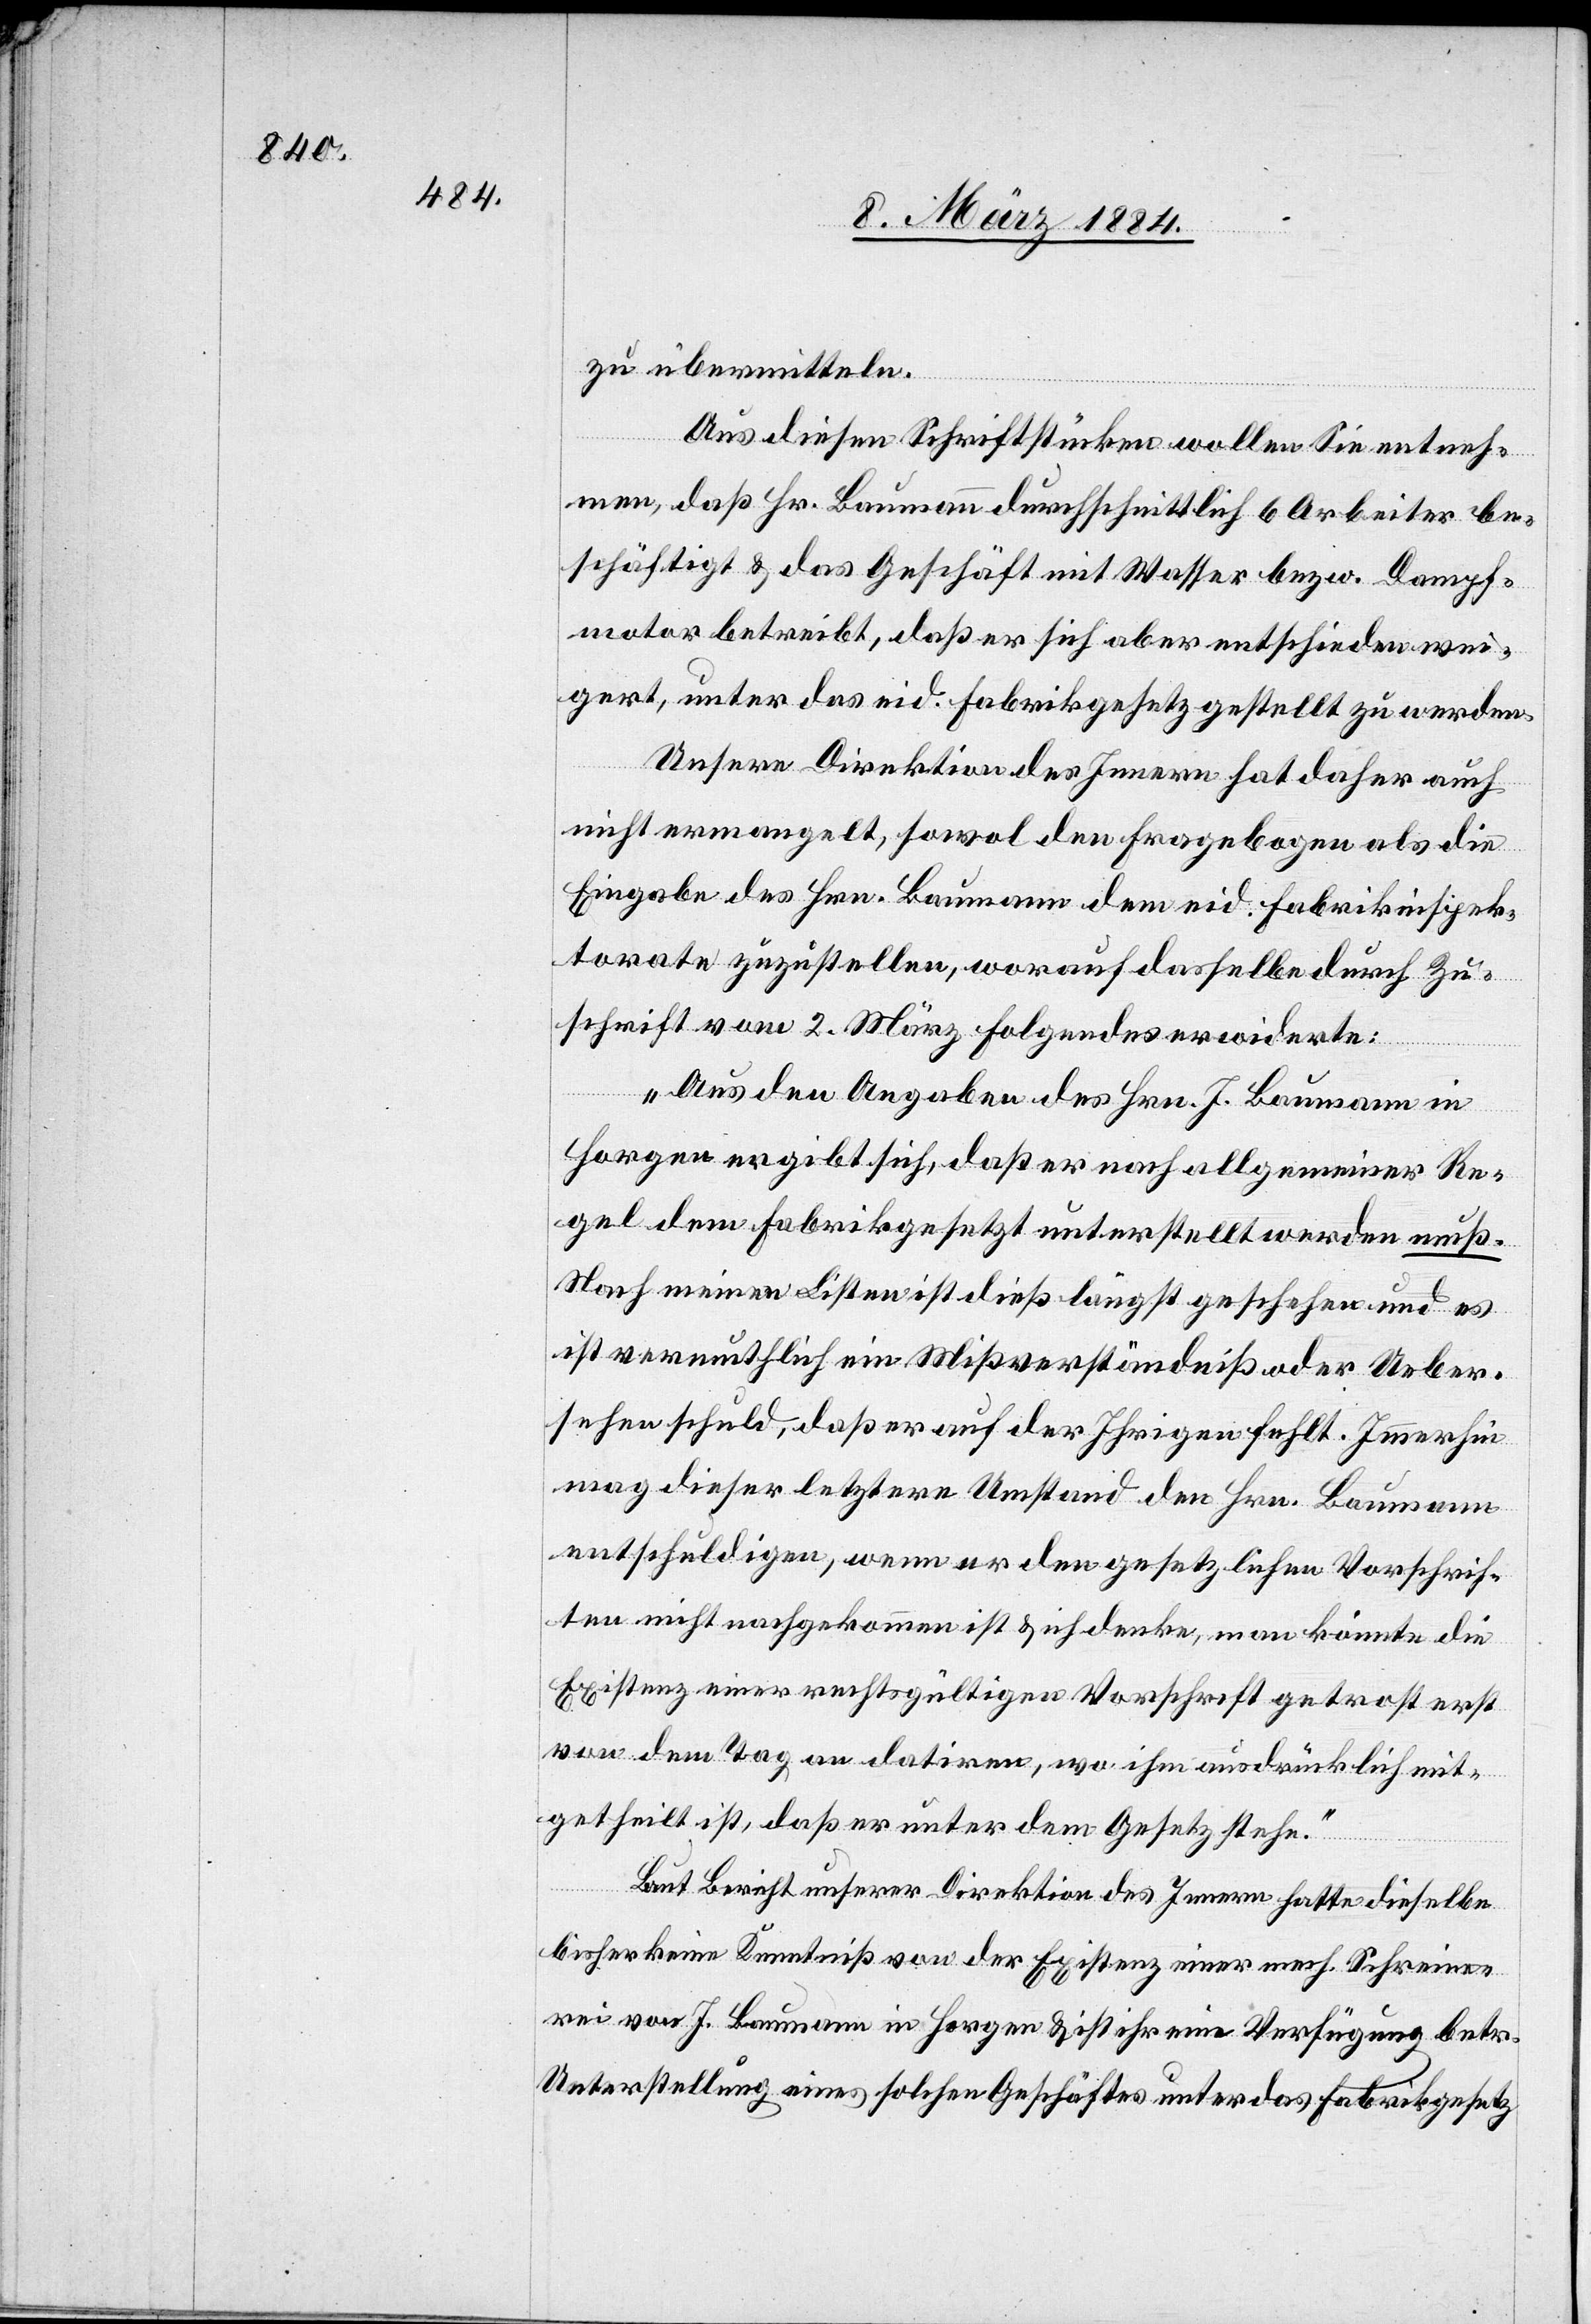
zu übermitteln.
Aus diesen Schriftstücken wollen Sie unterneh¬
men, daß Hr. Baumann durchschnittlich 6 Arbeiter be¬
schäftigt & das Geschäft mit Wasser bzw. Dampf¬
motor betreibt, daß er sich aber entschieden wei¬
gert, unter das eid. Fabrikgesetz gestellt zu werden.
Unsere Direktion des Innern hat daher auch
nicht ermangelt, sowol den Fragebogen als die
Eingabe des Hrn. Baumann dem eid. Fabrikinspek¬
torate zuzustellen, worauf dasselbe durch Zu¬
schrift vom 2. März Folgendes erwiderte:
„Aus den Angaben des Hrn. J. Baumann in
Horgen ergibt sich, daß er nach allgemeiner Re¬
gel dem Fabrikgesetzt [sic!] unterstellt werden muß.
Nach meinen Listen ist dieß längst geschehen und es
ist vermuthlich ein Mißverständniß oder Ueber¬
sehen schuld, daß er auf der Ihrigen fehlt. Immerhin
mag dieser letztere Umstand den Hrn. Baumann
entschuldigen, wenn er den gesetzlichen Vorschrif¬
ten nicht nachgekommen ist & ich denke, man könnte die
Existenz einer rechtsgültigen Vorschrift getrost erst
von dem Tag an datiren, wo ihm ausdrücklich mit¬
getheilt ist, daß er unter dem Gesetz stehe.“
Laut Bericht unserer Direktion des Innern hatte dieselbe
bisher keine Kenntniß von der Existenz einer mech. Schreine¬
rei von J. Baumann in Horgen & ist ihr eine Verfügung betr.
Unterstellung eines solchen Geschäftes unter das Fabrikgesetz